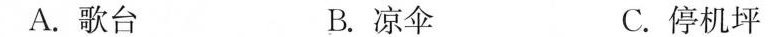
A. 歌台 B. 凉伞 C. 停机坪